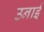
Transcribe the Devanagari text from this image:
उनाई